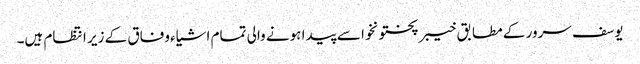
یوسف سرور کے مطابق خیبر پختونخوا سے پیدا ہونے والی تمام اشیاء وفاق کے زیر انتظام ہیں۔